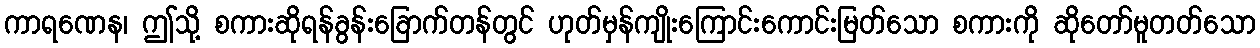
ကာရဏေန၊ ဤသို့ စကားဆိုရန်ခွန်းခြောက်တန်တွင် ဟုတ်မှန်ကျိုးကြောင်းကောင်းမြတ်သော စကားကို ဆိုတော်မူတတ်သော